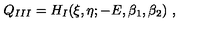
Q _ { I I I } = H _ { I } ( \xi , \eta ; - E , \beta _ { 1 } , \beta _ { 2 } ) \ ,